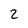
Character: 2